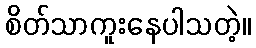
စိတ်သာကူးနေပါသတဲ့။